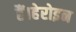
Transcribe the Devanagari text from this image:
हैं।हेरोइन